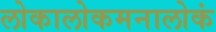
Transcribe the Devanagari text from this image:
लोकालोकमनालोकं